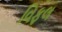
વિફલ